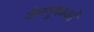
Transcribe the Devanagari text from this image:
जैनगुफाओं